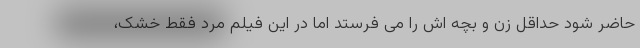
حاضر شود حداقل زن و بچه اش را می فرستد اما در این فیلم مرد فقط خشک،